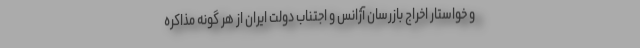
و خواستار اخراج بازرسان آژانس و اجتناب دولت ایران از هر گونه مذاکره